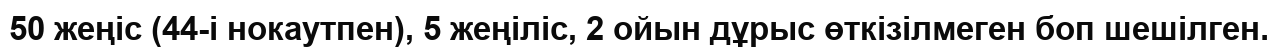
50 жеңiс (44-i нокаутпен), 5 жеңiлiс, 2 ойын дұрыс өткiзiлмеген боп шешiлген.